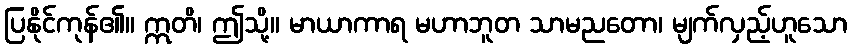
ပြနိုင်ကုန်၏။ ဣတိ၊ ဤသို့။ မာယာကာရ မဟာဘူတ သာမညတော၊ မျက်လှည့်ဟူသော